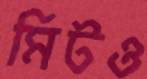
মিটও